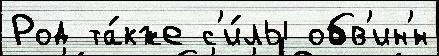
Род та́кже с'и́лы обв'ин'́н